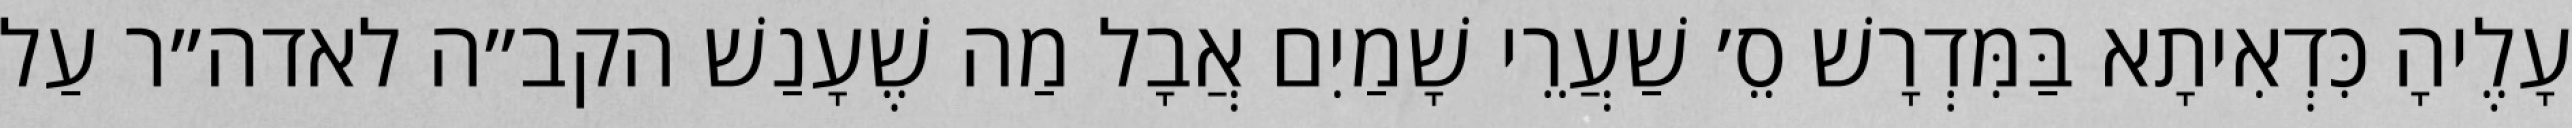
עָלֶיהָ כִּדְאִיתָא בַּמִּדְרָשׁ סֵ׳ שַׁעֲרֵי שָׁמַיִם אֲבָל מַה שֶׁעָנַשׁ הקב״ה לאדה״ר עַל